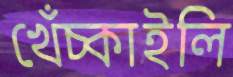
খেঁচ্‌কাইলি